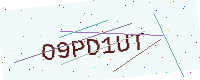
Text: O9PD1UT